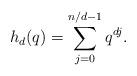
LaTeX: \begin{align*}h_d(q) = \sum_{j=0}^{n/d-1} q^{dj}.\end{align*}